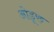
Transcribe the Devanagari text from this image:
ओडूरु